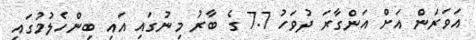
އަވަރަން އަށް އަންގާރަ ދުވަހު 7.7 ގެ ބާރު މިނުގައި އައި ބިންހެލުމުގައި